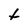
Character: t